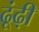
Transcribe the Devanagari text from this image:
ढूंढ़ी